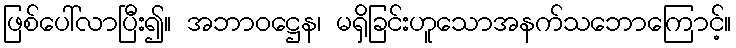
ဖြစ်ပေါ်လာပြီး၍။ အဘာဝဋ္ဌေန၊ မရှိခြင်းဟူသောအနက်သဘောကြောင့်။